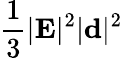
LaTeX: \frac 13|{\mathbf E}|^{2}|{\mathbf d}|^{2}